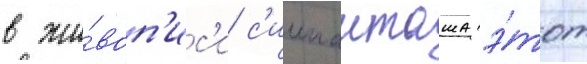
в жи́воп'ис'и с'иипанташа э́тот